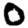
Digit: 0